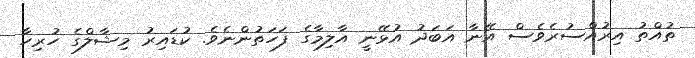
ތުއްތު އިރުއްސުރެވެސް އޭނާ އަބަދު އުޅޭނީ އާލިމާގެ ފަހަތުންނެވެ. ކުޑައިރު މިޝާލްގެ ހުރިހާ